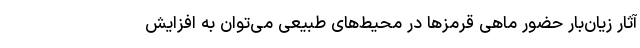
آثار زیان‌بار حضور ماهی قرمزها در محیط‌های طبیعی می‌توان به افزایش